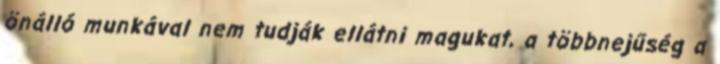
önálló munkával nem tudják ellátni magukat, a többnejűség a